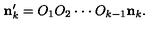
{ \bf n } _ { k } ^ { \prime } = O _ { 1 } O _ { 2 } \cdot \cdot \cdot O _ { k - 1 } { \bf n } _ { k } .